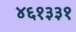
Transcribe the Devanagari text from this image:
४६१३३१